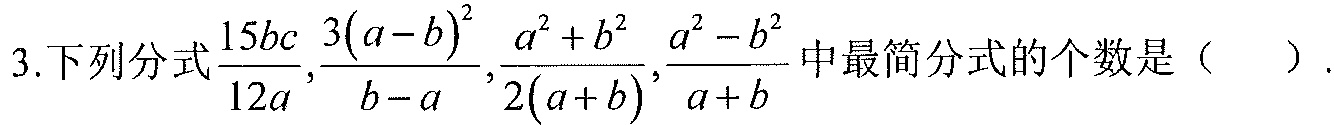
3.下列分式\(\frac{15bc}{12a},\frac{3(a - b)^{2}}{b - a},\frac{a^{2}+b^{2}}{2(a + b)},\frac{a^{2}-b^{2}}{a + b}\)中最简分式的个数是（  ）.